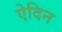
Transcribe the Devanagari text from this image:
ऐदिन